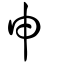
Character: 申